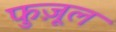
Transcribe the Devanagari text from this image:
फुज़ूल